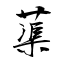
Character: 蕖